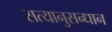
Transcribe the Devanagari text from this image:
सत्यानुसन्धान